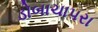
ડોબાચાપરા